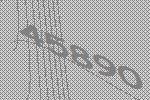
45890